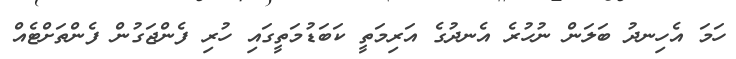
ހަމަ އެހިނދު ބަލަން ނުހުރެ އެނދުގެ އަރިމަތީ ކަބަޑުމަތީގައި ހުރި ފެންޖަގުން ފެންތަށްޓެއް